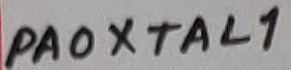
Text: PA0XTAL1